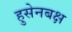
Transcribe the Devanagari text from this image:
हुसेनबक्ष